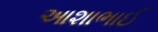
આશાભાઈ